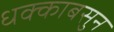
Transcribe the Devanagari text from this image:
धक्काबसुन